Leningradi_Edasi_toimetus, lk 35
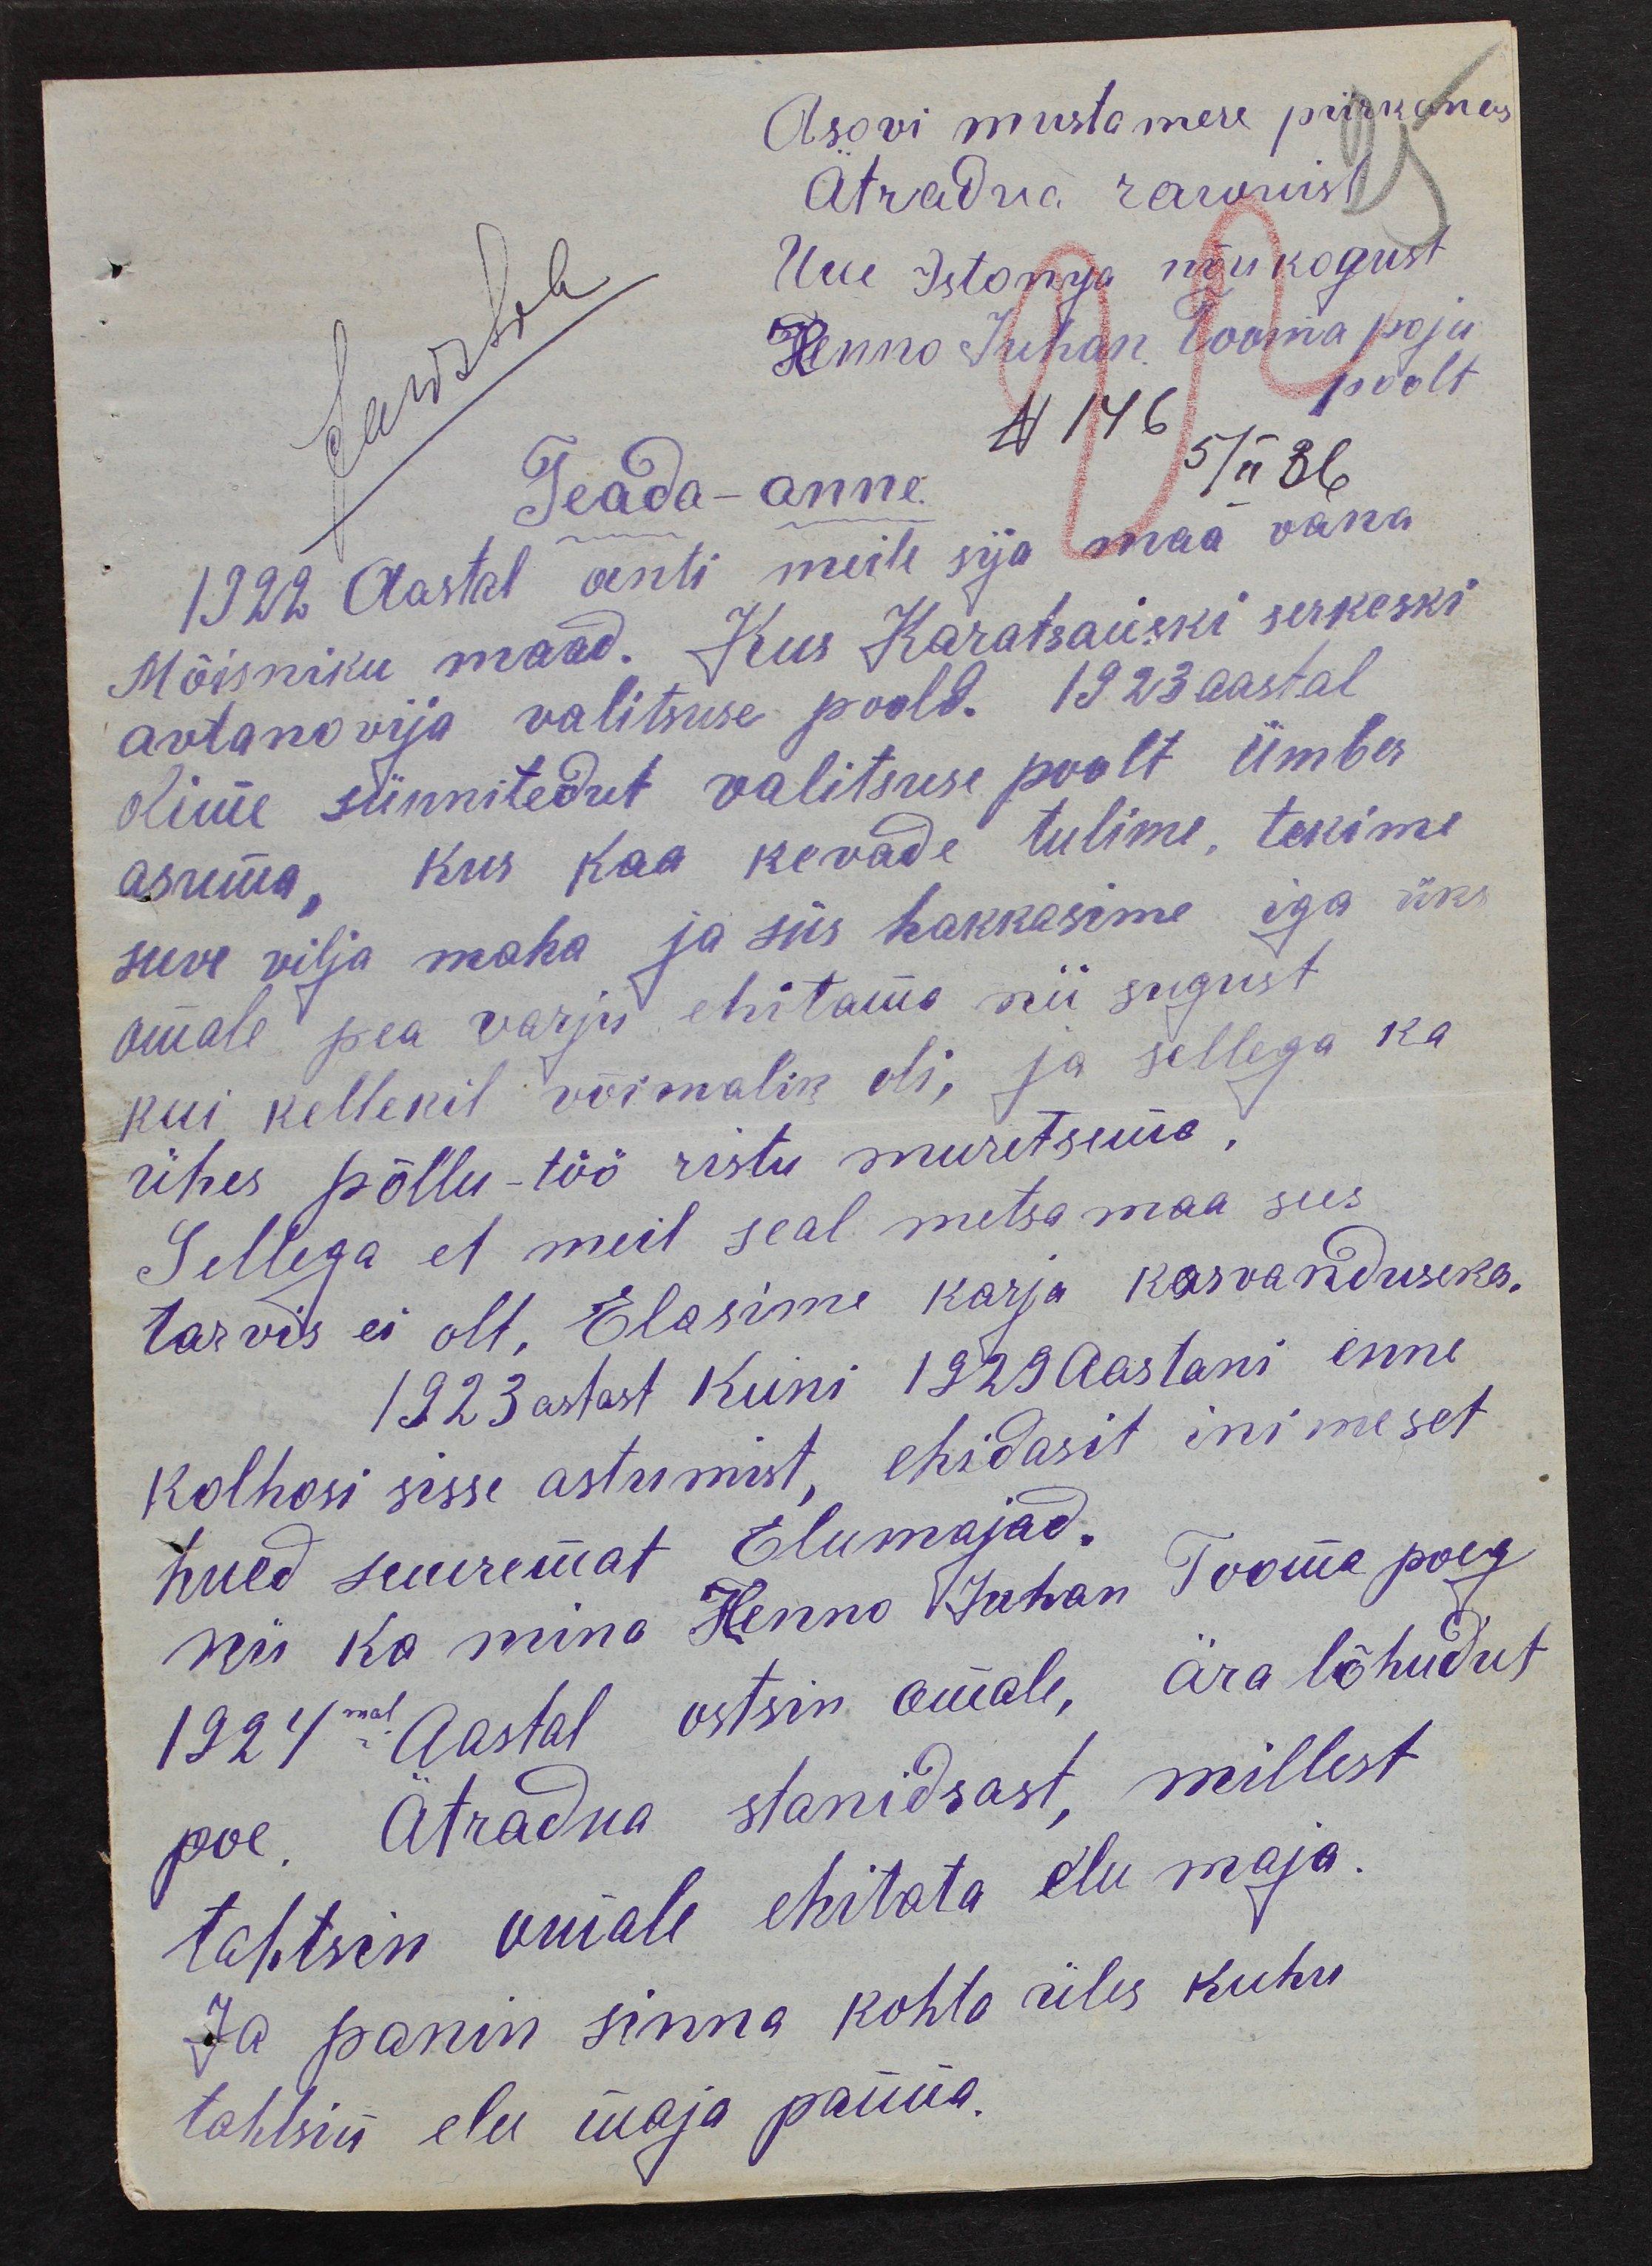
Asovi mustamere piirkonas
Ätradsia raionist
Uue Istonija nõukogust
Henno Juhan Tooma poja
poolt
N 146
5/II 36
Teada -anne:
1922 Aastal senti meile sija maa vana
Mõisniku maad. Kus Karatsauski serkeski
avtanovija valitsuse poolt. 1923 aastal
olime sünnitedut valitsuse poolt ümber
asuma, kus kaa kevade tulime, tekime
suve vilja maha ja siis hakkasime iga üks
omale pea varju ehitama nii sugust
kui kellekil võimalik oli, ja sellega ka
ühes põllu-töö ristu muretsma.
Sellega et meil seal metsamaa sees
tarvis ei olt, Elasime karja kasvanduseks.
1923 astast kuni 1929 aastani enne
kolhosi sisse astumist, ehidasit inimeset
hued suuremat Elumajad.
nii ka mina Henno Juhan Tooma poeg
1924mal Aastal ostsin omale, ära lõhudut
poe, Ätradna stanidsast, millest,
tahtsin omale ehitada elu maja.
Ja panin sinna kohta üles kuhu
tahtsin elu maja panna.